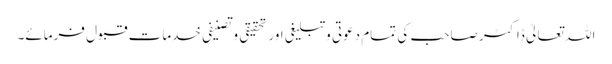
اللہ تعالیٰ ڈاکٹر صاحب کی تمام دعوتی وتبلیغی اور تحقیقی وتصنیفی خدمات قبول فرمائے۔